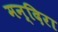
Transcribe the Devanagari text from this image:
मन्दिरा